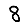
Digit: 8